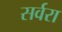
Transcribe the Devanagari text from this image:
सर्वरा